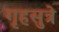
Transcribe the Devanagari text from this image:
गृहसुत्रे